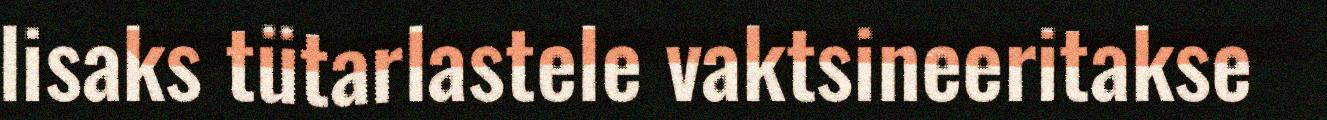
lisaks tütarlastele vaktsineeritakse